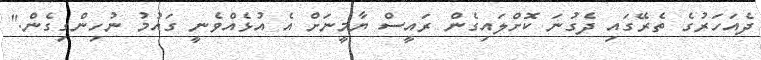
ދެއަހަރުގެ ތެރޭގައި ދެގުނަ ކޮށްލައިގެން ރައީސް ޔާމީނަށް އެ އުޅެއްވެނީ ގައުމު ނުހިންގިގެން."